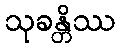
သုခန္တိဿ